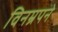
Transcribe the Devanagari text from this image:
विनम्रपने